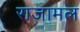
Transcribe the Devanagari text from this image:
राजामल